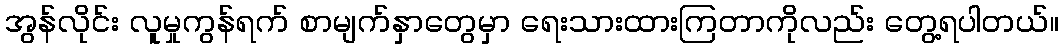
အွန်လိုင်း လူမှုကွန်ရက် စာမျက်နှာတွေမှာ ရေးသားထားကြတာကိုလည်း တွေ့ရပါတယ်။